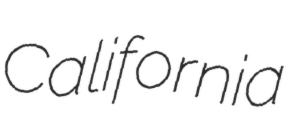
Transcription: California